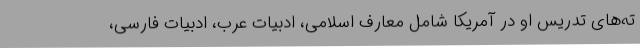
ته‌های تدریس او در آمریکا شامل معارف اسلامی، ادبیات عرب، ادبیات فارسی،